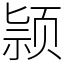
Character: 颕